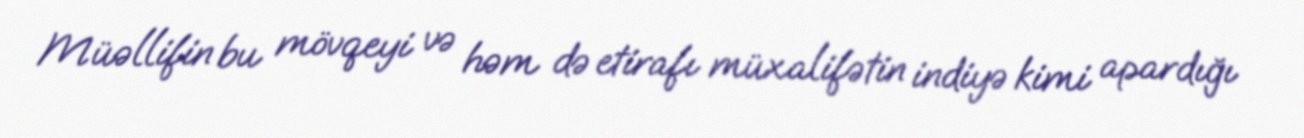
Müəllifin bu mövqeyi və həm də etirafı müxalifətin indiyə kimi apardığı